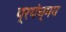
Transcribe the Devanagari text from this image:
प्रपंच्मय